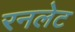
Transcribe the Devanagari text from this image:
रनलेट